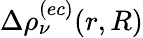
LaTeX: \Delta\rho_{\nu}^{(ec)}(r,R)